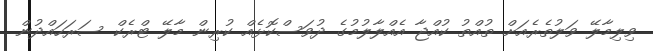
ވިލިމާލޭ ވަލުތެރެއަށް ތުއްތު ކުއްޖާ އެއްލާލުމުގެ ދުވަސްކޮޅެއް ކުރިން މާލޭ ޓްރެކް ސަރަހައްދުން